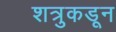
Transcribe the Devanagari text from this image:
शत्रुकडून